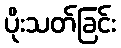
ပိုးသတ်ခြင်း